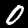
Label: 0